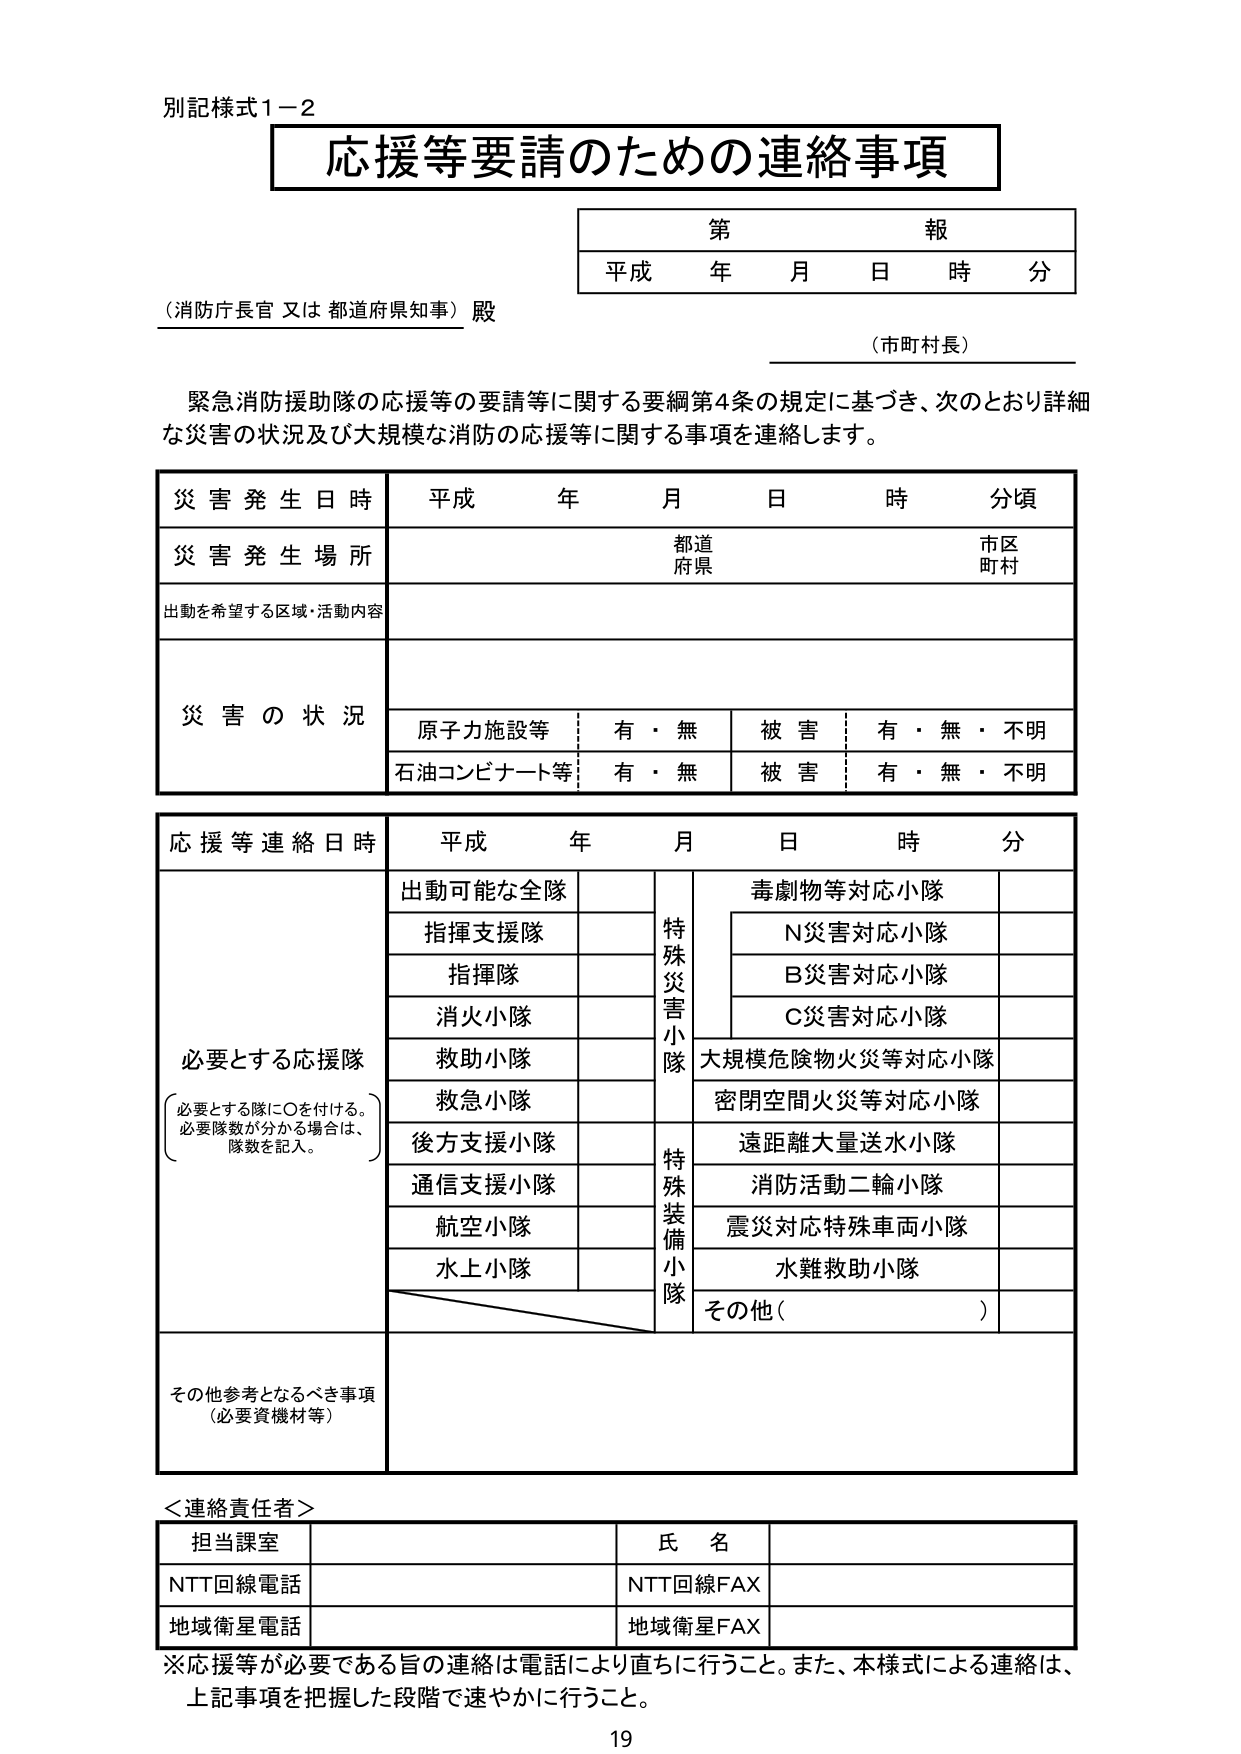
別記様式1－2
応援等要請のための連絡事項

第 報
平成 年 月 日 時 分

（消防庁長官 又は 都道府県知事）殿
（市町村長）

緊急消防援助隊の応援等の要請等に関する要綱第4条の規定に基づき、次のとおり詳細な災害の状況及び大規模な消防の応援等に関する事項を連絡します。

災害発生日時 平成 年 月 日 時 分頃
災害発生場所 都道 市区
　　　　　　　　府県 町村
出動を希望する区域・活動内容

災害の状況
原子力施設等 有・無 被害 有・無・不明
石油コンビナート等 有・無 被害 有・無・不明

応援等連絡日時 平成 年 月 日 時 分

必要とする応援隊
（必要とする隊に○を付ける。
必要隊数が分かる場合は、
隊数を記入。）

出動可能な全隊
指揮支援隊
指揮隊
消火小隊
救助小隊
救急小隊
後方支援小隊
通信支援小隊
航空小隊
水上小隊

特殊災害小隊
毒劇物等対応小隊
　N災害対応小隊
　B災害対応小隊
　C災害対応小隊
大規模危険物火災等対応小隊
密閉空間火災等対応小隊

特殊装備小隊
遠距離大量送水小隊
消防活動二輪小隊
震災対応特殊車両小隊
水難救助小隊
その他（　　　　　　）

その他参考となるべき事項
（必要資機材等）

＜連絡責任者＞
担当課室　　　　　　　　　　　　　氏名
NTT回線電話　　　　　　　　　　　NTT回線FAX
地域衛星電話　　　　　　　　　　　地域衛星FAX

※応援等が必要である旨の連絡は電話により直ちに行うこと。また、本様式による連絡は、
上記事項を把握した段階で速やかに行うこと。

19